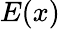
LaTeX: E(x)